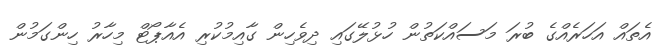
އެތައް އަހަރެއްގެ ބުރަ މަސައްކަތުން ހުޅުލޭގައި ދިވެހިން ގާއިމުކުރި އެއާޕޯޓް މިހާރު ހިންގަމުން